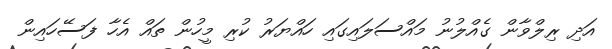
އަދި ރިލްވާން ގެއްލުނު މައްސަލައިގައި ހައްޔަރު ކުރި މީހުން ތައް އެހާ ފަސޭހައިން